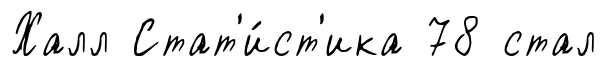
Халл Стат'и́ст'ика 78 стал